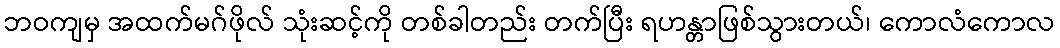
ဘဝကျမှ အထက်မဂ်ဖိုလ် သုံးဆင့်ကို တစ်ခါတည်း တက်ပြီး ရဟန္တာဖြစ်သွားတယ်၊ ကောလံကောလ